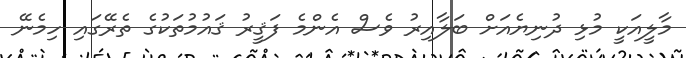
މާލީއަކީ މުޅި ދުނިޔެއަށް ބަލާއިރު ވެސް އެންމެ ފަޤީރު ޤައުމުތަކުގެ ތެރޭގައި ހިމެނޭ